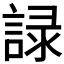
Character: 𧨹